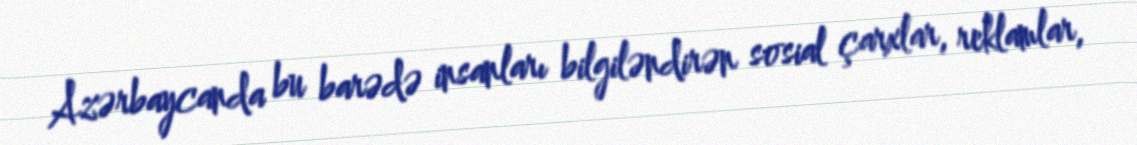
Azərbaycanda bu barədə insanları bilgiləndirən sosial çarxlar, reklamlar,